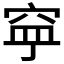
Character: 𱶹